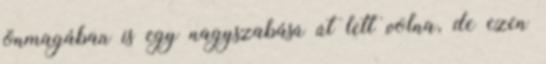
önmagában is egy nagyszabású út lett volna, de ezen